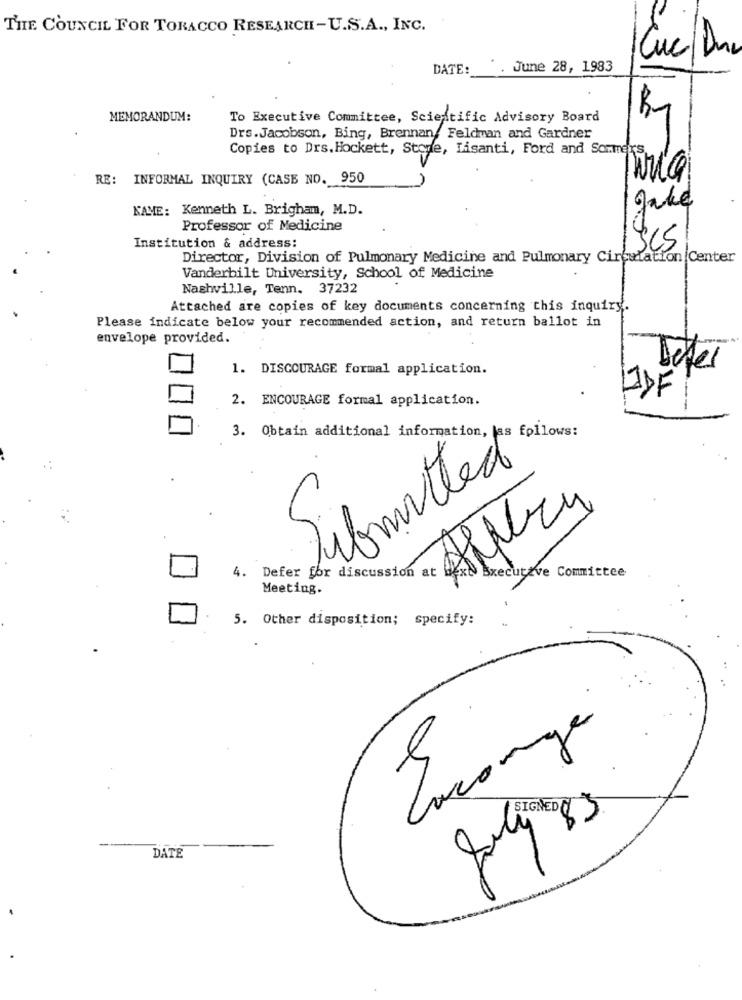
THE COUNCIL FOR TORACCO RESEARCH-U.S.A ., INC.
Cuc/Dn
DATE:
*. June 28, 1983
MEMORANDUM:
To Executive Committee, Scientific Advisory Board
Drs.Jacobson, Bing, Brennan, Feldman and Gardner
Copies to Drs.Hockett, Store, Lisanti, Ford and Sommers,
RE: INFORMAL INQUIRY (CASE NO. 950
KAME: Kenneth L. Brigham, M.D.
Jake
Professor of Medicine
Institution & address:
SCS
Director, Division of Pulmonary Medicine and Pulmonary Circulation Center
Vanderbilt University, School of Medicine
Nashville, Tenn. 37232
Attached are copies of key documents concerning this inquiry.
Please indicate below your recommended action, and return ballot in
envelope provided.
1. DISCOURAGE formal application.
Deter
2. ENCOURAGE formal application.
IDF
3. Obtain additional information, as follows:
4. Defer for discussion at
Bxecutive Committee
Meeting.
.
5. Other disposition; specify:
Laconge
DATE